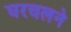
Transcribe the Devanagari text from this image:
घरचलने